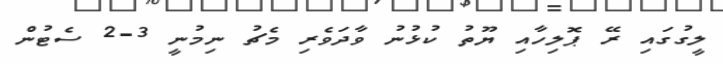
ލީގުގައި ރޭ ޕޮލިހާއި ޔޫތު ކުޅުނު ވާދަވެރި މެޗު ނިމުނީ 3-2 ސެޓުން